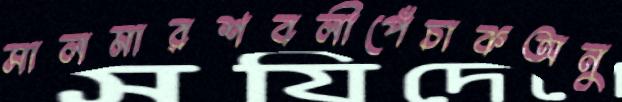
সালমারশবলীপেঁচাকঅনু